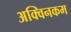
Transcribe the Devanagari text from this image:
अक्विनकम